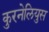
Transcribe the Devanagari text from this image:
कुरनेलियुस